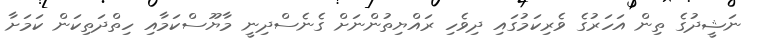
ނަޝީދުގެ ތިން އަހަރުގެ ވެރިކަމުގައި ދިވެހި ރައްޔިތުންނަށް ގެނެސްދިނީ މާޔޫސްކަމާއި ހިތްދަތިކަން ކަމަށާ